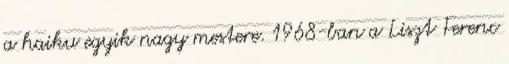
a haiku egyik nagy mestere. 1968-ban a Liszt Ferenc